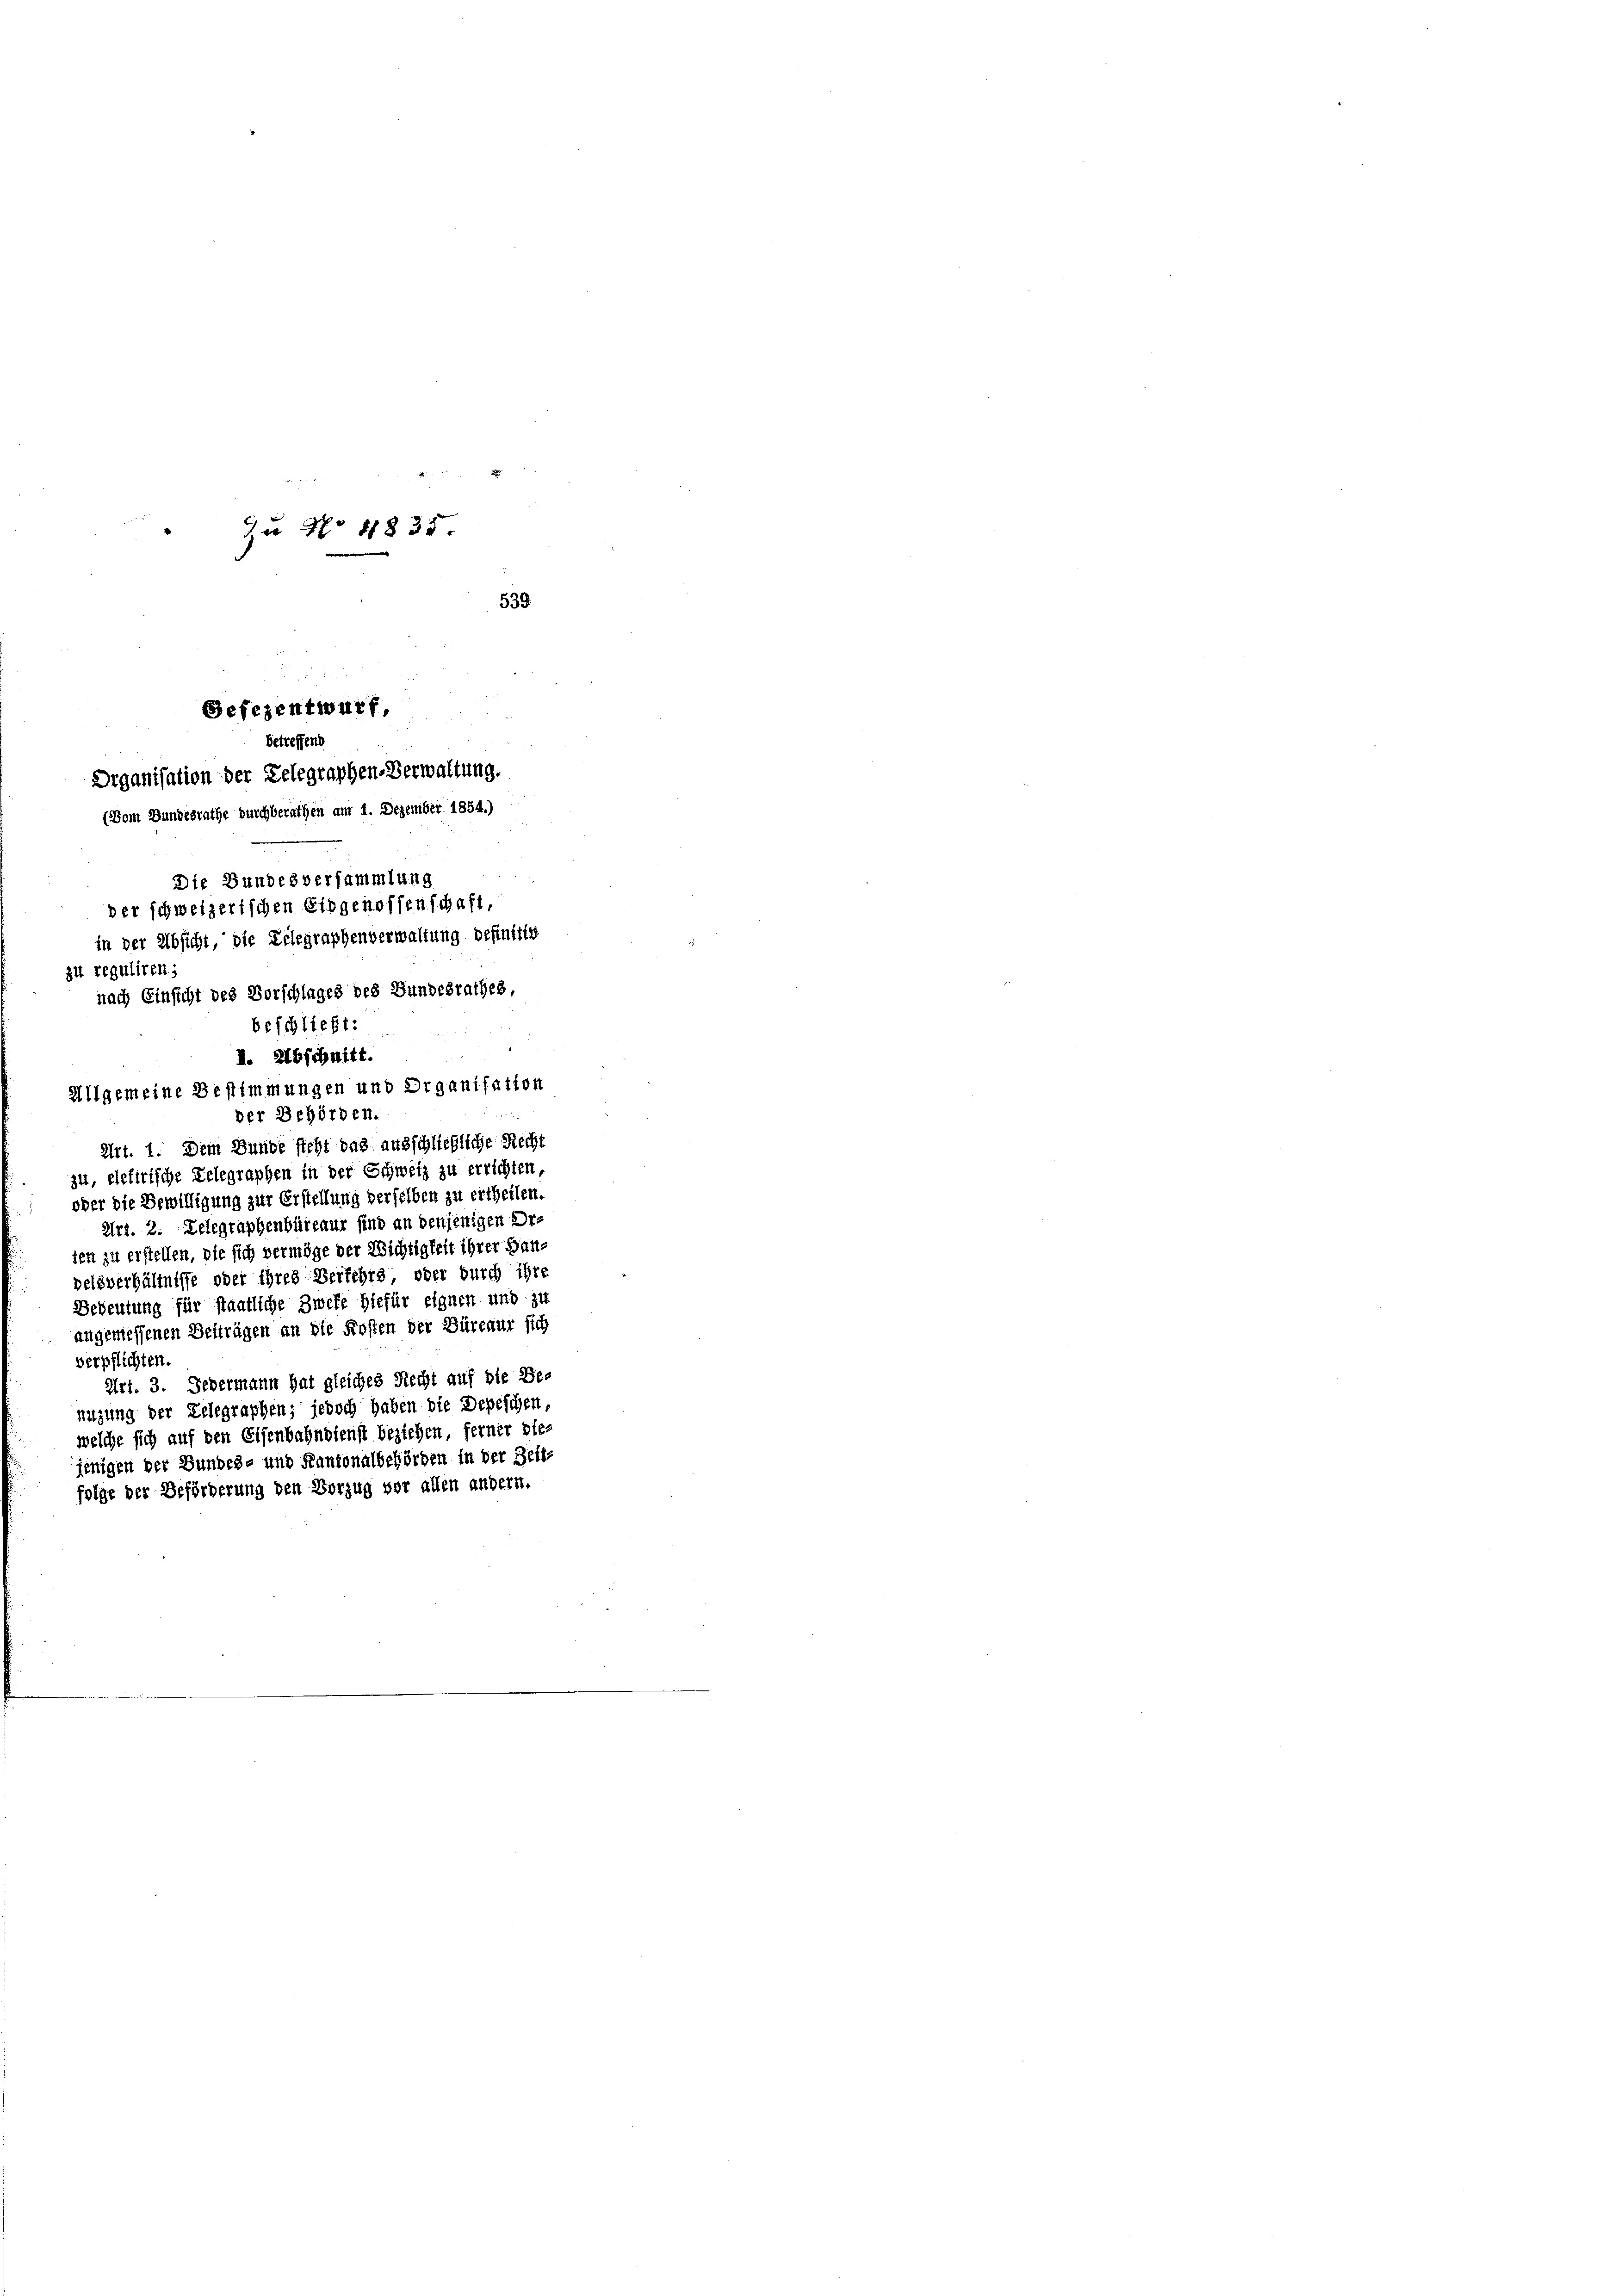
Ju No 4835.
539

Gefezentwurf,
betreffend
Drganisation der Telegraphen-Verwaltung.
(Vom Bundesrathe durchberathen am 1. Dezember 1854.)

Die Bundesversammlung
der schweizerischen Eingenossenschaft,
in der Absicht, die Telegraphenverwaltung definitiv
zu reguliren;
nach Einsicht des Vorschlages des Bundesrathes,
beschließt:

I. Abschnitt.
Allgemeine Bestimmungen und Organisation
der Behörden.
Art. 1. Dem Bunde steht das ausschließliche Recht
zu, eletirische Delegraphen in der Schweiz zu errichten,
oder die Bewilligung zur Erstellung derselben zu ertheilen.
Art. 2. Delegraphenbüreaur sind an denjenigen Erten zu erstellen, die sich vermöge der Wichtigkeit ihrer Handelsverhältnisse oder ihres Verkehrs, oder durch ihre
Bedeutung für staatliche Zweke Hiefür eignen und zie
angemessenen Beiträgen an die Kosten der Büreaur sich
verpflichten.
Art. 3. Jedermann hat gleiches Recht auf die Benigung der Telegraphen; jedoch haben die Depeschen,
welche sich auf den Eisenbahndienst beziehen, ferner dies
jenigen der Bundes- und Kantonalbehörden in der Zeit-
folge der Beförderung den Vorzug vor allen andern.